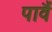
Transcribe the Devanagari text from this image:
पावैं